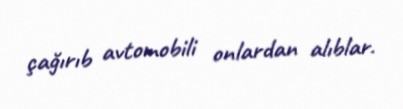
çağırıb avtomobili onlardan alıblar.